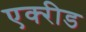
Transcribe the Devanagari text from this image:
एक्‍रीड